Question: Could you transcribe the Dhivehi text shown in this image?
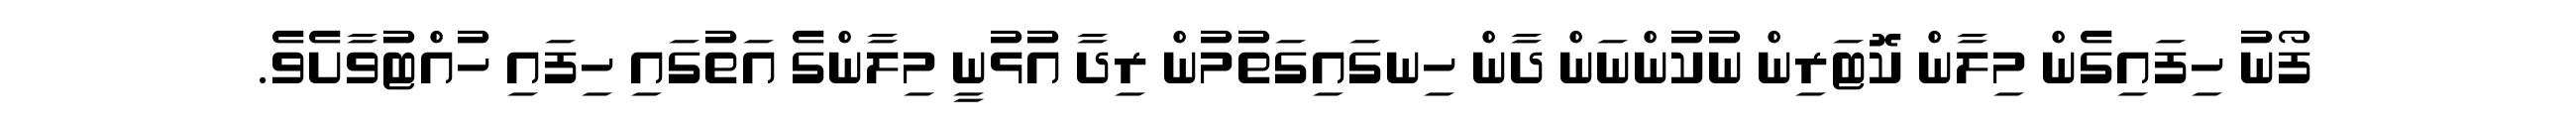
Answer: ފޯނު ހިފައިގެން މިލާން ކޮޓަރިން ނުކުންނަން ދާން ހިނގައިގަތުމުން ރިދާ އުޅުނީ މިލާންގެ އަތުގައި ހިފައި ހުއްޓުވާށެވެ.